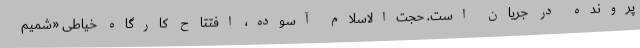
پرونده در جریان است. حجت‌الاسلام آسوده، افتتاح کارگاه خیاطی «شمیم